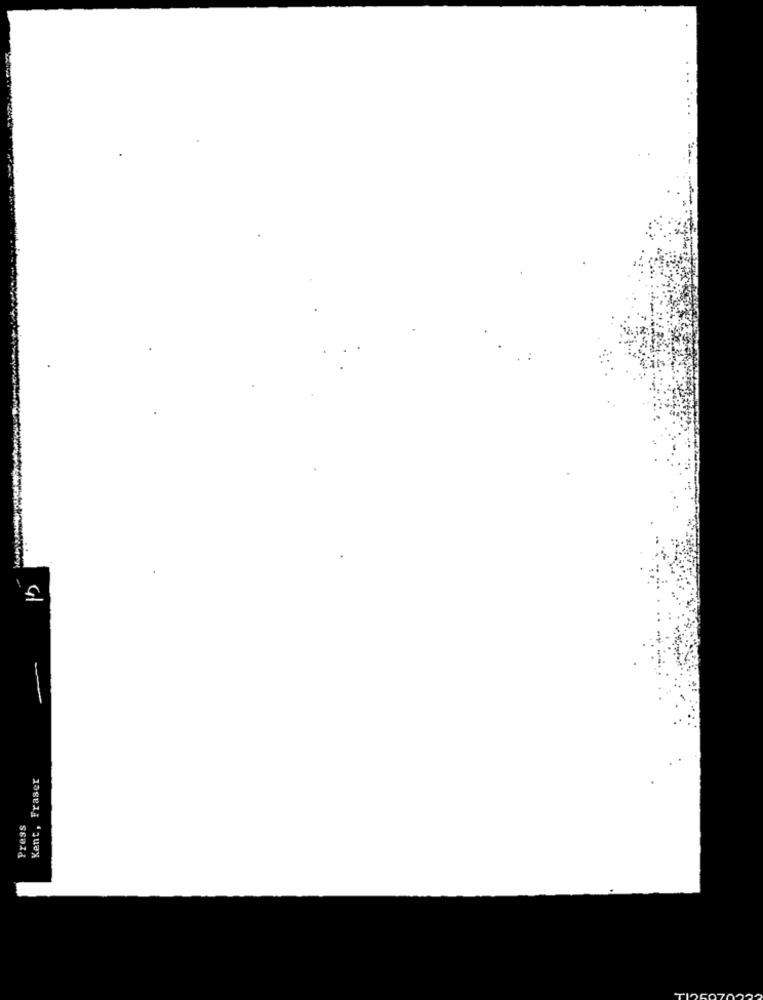
Kent, Fraser
Press